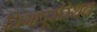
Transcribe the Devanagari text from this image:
सिंगापूरस्थित